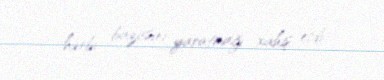
hərbi bazasını yaratmağı xahiş etdi.